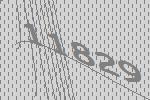
11829